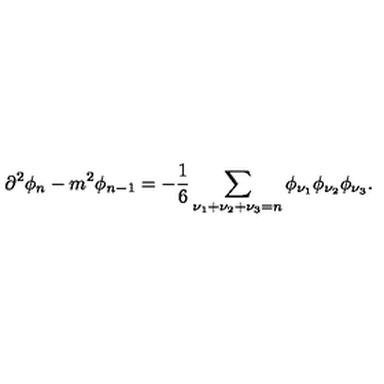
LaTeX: \partial ^ { 2 } \phi _ { n } - m ^ { 2 } \phi _ { n - 1 } = - \frac { 1 } { 6 } \sum _ { \nu _ { 1 } + \nu _ { 2 } + \nu _ { 3 } = n } \phi _ { \nu _ { 1 } } \phi _ { \nu _ { 2 } } \phi _ { \nu _ { 3 } } .